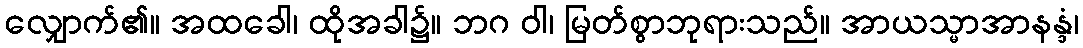
လျှောက်၏။ အထခေါ၊ ထိုအခါ၌။ ဘဂ ဝါ၊ မြတ်စွာဘုရားသည်။ အာယသ္မာအာနန္ဒံ၊